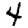
Digit: 4